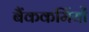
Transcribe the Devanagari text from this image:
बैंककर्मियों